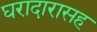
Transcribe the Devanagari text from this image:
घरादारासह